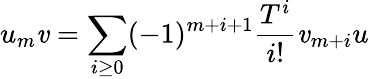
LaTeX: u_{m}\mathit{v}=\sum_{i\geq0}(-1)^{m+i+1}{\frac{{T^{i}}}{{i!}}}\mathit{v}_{m+i}u